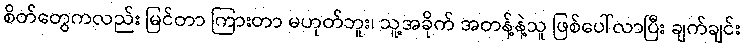
စိတ်တွေကလည်း မြင်တာ ကြားတာ မဟုတ်ဘူး၊ သူ့အခိုက် အတန့်နဲ့သူ ဖြစ်ပေါ်လာပြီး ချက်ချင်း